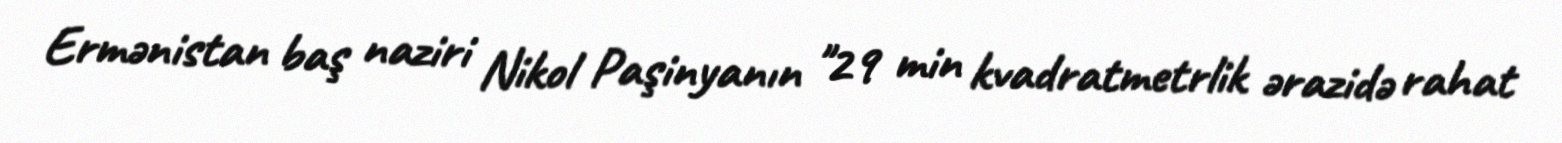
Ermənistan baş naziri Nikol Paşinyanın "29 min kvadratmetrlik ərazidə rahat